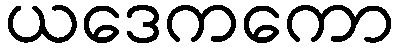
ယဒေကကော